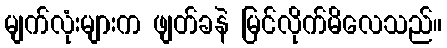
မျက်လုံးများက ဖျတ်ခနဲ မြင်လိုက်မိလေသည်။